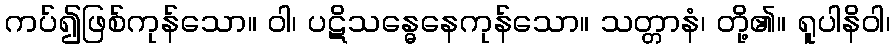
ကပ်၍ဖြစ်ကုန်သော။ ဝါ၊ ပဋိသန္ဓေနေကုန်သော။ သတ္တာနံ၊ တို့၏။ ရူပါနိဝါ၊